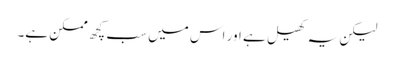
لیکن یہ کھیل ہے اور اس میں سب کچھ ممکن ہے۔